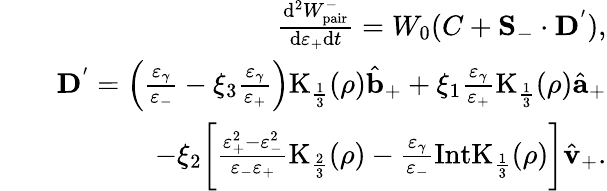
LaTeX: \begin{array}{rlr}&{}&{\frac{\mathrm{d}^{2}W_{\mathrm{pair}}^{-}}{\mathrm{d}\varepsilon_{+}\mathrm{d}t}=W_{0}(C+{\mathbf S}_{-}\cdot{\mathbf D}^{'}),}\\ &{}&{{\mathbf D}^{'}=\left(\frac{\varepsilon_{\gamma}}{\varepsilon_{-}}-\xi_{3}\frac{\varepsilon_{\gamma}}{\varepsilon_{+}}\right)\mathrm{K}_{\frac{1}{3}}(\rho)\hat{{\mathbf b}}_{+}+\xi_{1}\frac{\varepsilon_{\gamma}}{\varepsilon_{+}}\mathrm{K}_{\frac{1}{3}}(\rho)\hat{{\mathbf a}}_{+}}\\ &{}&{-\xi_{2}\bigg[\frac{\varepsilon_{+}^{2}-\varepsilon_{-}^{2}}{\varepsilon_{-}\varepsilon_{+}}\mathrm{K}_{\frac{2}{3}}(\rho)-\frac{\varepsilon_{\gamma}}{\varepsilon_{-}}\mathrm{IntK}_{\frac{1}{3}}(\rho)\bigg]\hat{\mathbf v}_{+}.}\end{array}